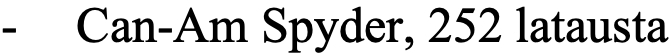
- Can-Am Spyder, 252 latausta